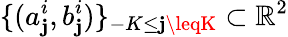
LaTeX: \{ (a_{\mathbf{j}}^{i},b_{\mathbf{j}}^{i})\} _{-K\leq\mathbf{j}\leqK}\subset\mathbb{{R}}^{2}